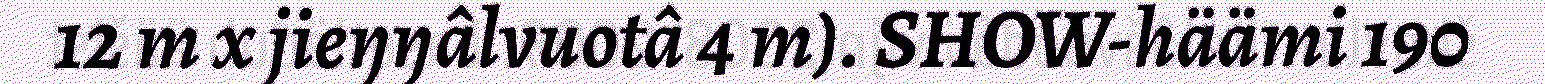
12 m x jieŋŋâlvuotâ 4 m). SHOW-häämi 190